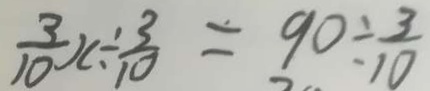
\frac { 3 } { 1 0 } x \div \frac { 3 } { 1 0 } = 9 0 \div \frac { 3 } { 1 0 }